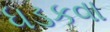
ધડકવા